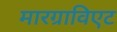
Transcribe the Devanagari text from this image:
मारग्राविएट